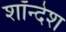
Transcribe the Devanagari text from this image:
शॉन्देश